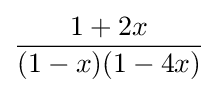
{\frac {1+2x}{(1-x)(1-4x)}}